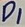
Text: D1